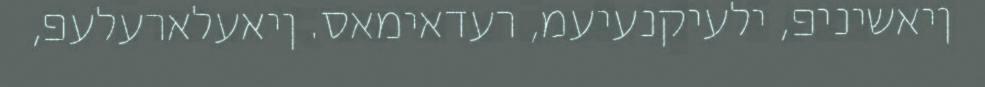
ןיאשיניפ, ילעיקנעיעמ, רעדאימאס. ןיאעלארעלעפ,